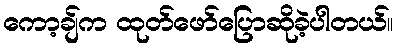
ကော့ချ်က ထုတ်ဖော်ပြောဆိုခဲ့ပါတယ်။